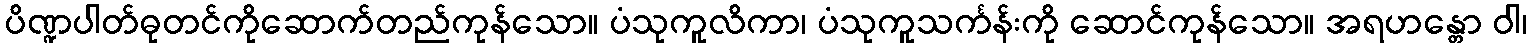
ပိဏ္ဍပါတ်ဓုတင်ကိုဆောက်တည်ကုန်သော။ ပံသုကူလိကာ၊ ပံသုကူသင်္ကန်းကို ဆောင်ကုန်သော။ အရဟန္တော ဝါ၊